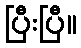
ပြီးပြီ။